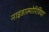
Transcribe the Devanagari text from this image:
नाइडास्पोरिडिया